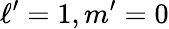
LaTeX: \ell^{\prime}=1,m^{\prime}=0